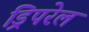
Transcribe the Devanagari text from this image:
ड्रिपरेल